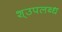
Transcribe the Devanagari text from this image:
श्उपलब्ध